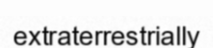
extraterrestrially